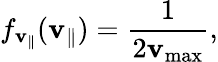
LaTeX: f_{\mathbf{v}_{\parallel}}(\mathbf{v}_{\parallel})=\frac{{1}}{{2\mathbf{v}_{\operatorname*{max}}}},